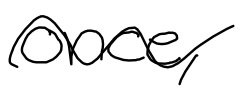
Text: once,
Cross-out: wave
Writing tool: digital_black